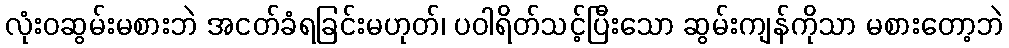
လုံးဝဆွမ်းမစားဘဲ အငတ်ခံရခြင်းမဟုတ်၊ ပဝါရိတ်သင့်ပြီးသော ဆွမ်းကျန်ကိုသာ မစားတော့ဘဲ